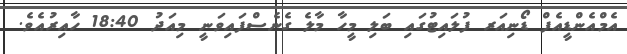
އެމްއެންޑީއެފް ޑޯނިއަރ ފުލައިޓުގައި ބަލި މީހާ މާލެ ގެނެސްފައިވަނީ މިއަދު 18:40 ހާއިރުއެވެ.